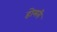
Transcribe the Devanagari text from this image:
होमरी